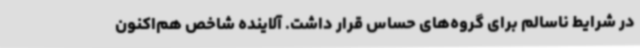
در شرایط ناسالم برای گروه‌های حساس قرار داشت. آلاینده شاخص هم‌اکنون